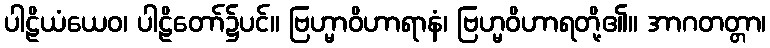
ပါဠိယံယေဝ၊ ပါဠိတော်၌ပင်။ ဗြဟ္မာဝိဟာရာနံ၊ ဗြဟ္မဝိဟာရတို့၏။ အာဂတတ္တာ၊